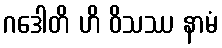
ဂဒေါတိ ဟိ ဝိသဿ နာမံ